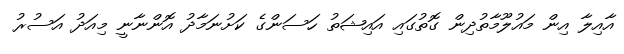
އާއިލާ އިން މައުލޫމާތުދިން ގޮތުގައި އައިޝަތު ހަސަންގެ ކަށުނަމާދު އޮންނާނީ މިއަދު އަސުރު